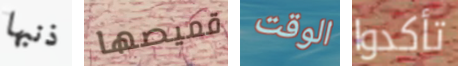
ذنبها قميصها الوقت تأكدوا